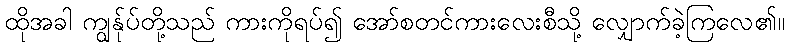
ထိုအခါ ကျွန်ုပ်တို့သည် ကားကိုရပ်၍ အော်စတင်ကားလေးစီသို့ လျှောက်ခဲ့ကြလေ၏။